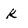
Character: K